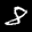
Label: 8